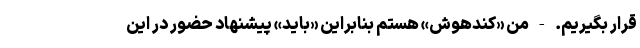
قرار بگیریم. - من «کندهوش» هستم بنابراین «باید» پیشنهاد حضور در این